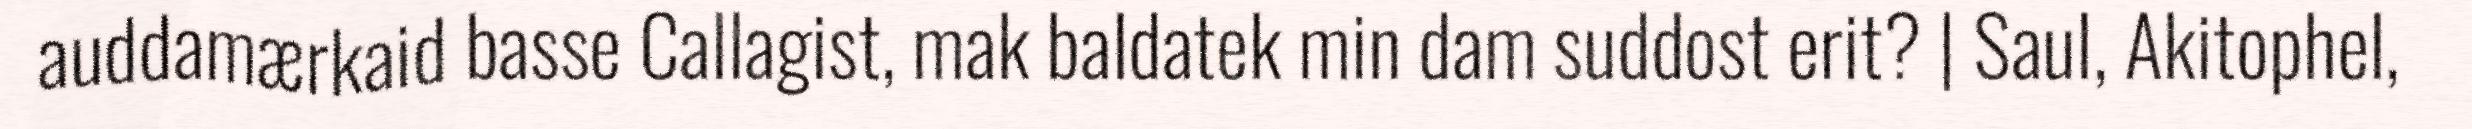
auddamærkaid basse Callagist, mak baldatek min dam suddost erit? | Saul, Akitophel,